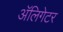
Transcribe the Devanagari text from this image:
अॅलिगेटर